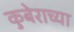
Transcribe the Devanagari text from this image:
कुबेराच्या